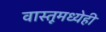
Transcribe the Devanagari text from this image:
वास्तूमध्येही